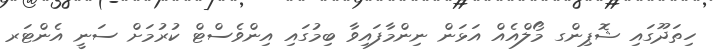
ހިތަދޫގައި ޝޮޕިންގ މޯލްއެއް އަޅަން ނިންމާފައިވާ ބިމުގައި އިންވެސްޓް ކުރުމަށް ސަނީ އެންޓަރ